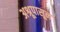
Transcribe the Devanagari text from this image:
अश्रूपासून